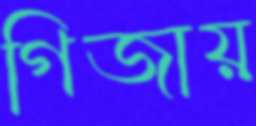
গিজায়